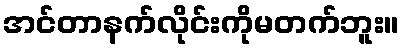
အင်တာနက်လိုင်းကိုမတက်ဘူး။